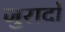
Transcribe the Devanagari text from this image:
जुरादो